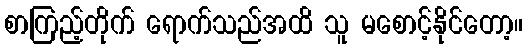
စာကြည့်တိုက် ရောက်သည်အထိ သူ မစောင့်နိုင်တော့။